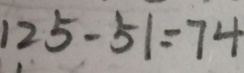
1 2 5 - 5 1 = 7 4